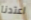
اعتدنا